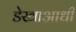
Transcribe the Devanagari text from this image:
डेखाआधी